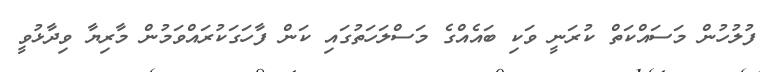
ފުލުހުން މަސައްކަތް ކުރަނީ ވަކި ބައެއްގެ މަސްލަހަތުގައި ކަން ފާހަގަކުރައްވަމުން މާރިޔާ ވިދާޅުވީ